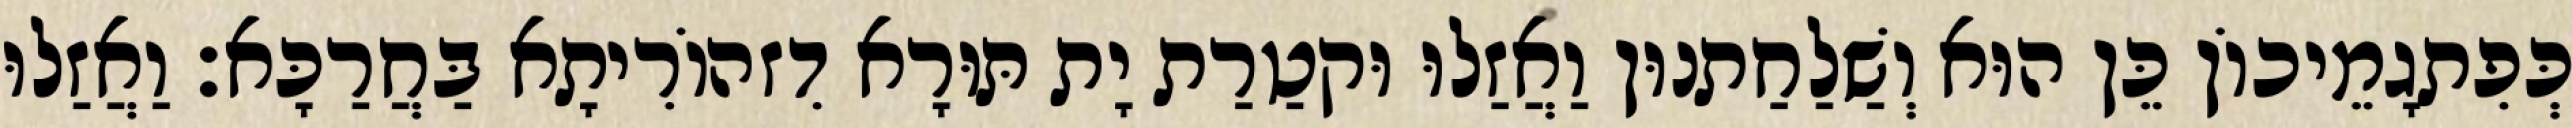
כְּפִתגָמֵיכוֹן כֵּן הוּא וְשַׁלַחַתנוּן וַאֲזַלוּ וּקטַרַת יָת תּוּרָא דִזהוֹרִיתָא בַּחֲרַכָּא׃ וַאֲזַלוּ